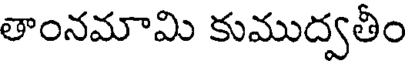
తాంనమామి కుముద్వతీం